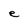
Character: e